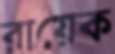
রায়েক